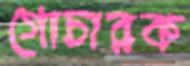
গোচারক